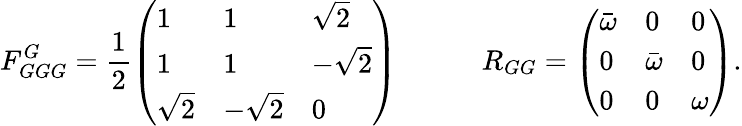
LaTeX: F_{GGG}^{G}=\frac{1}{2}\left(\begin{array}{lll}{1}&{1}&{\sqrt{2}}\\ {1}&{1}&{-\sqrt{2}}\\ {\sqrt{2}}&{-\sqrt{2}}&{0}\end{array}\right)\quad\quad\quad R_{GG}=\left(\begin{array}{lll}{\bar{\omega}}&{0}&{0}\\ {0}&{\bar{\omega}}&{0}\\ {0}&{0}&{\omega}\end{array}\right).